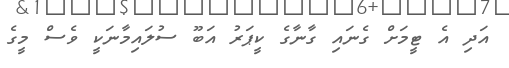
އަދި އެ ޓީމަށް ގެނައި ގާނާގެ ކީޕަރު އަބޫ ސުލައިމާނަކީ ވެސް މީގެ